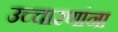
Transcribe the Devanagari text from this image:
उच्चारणांना